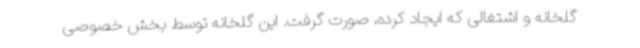
گلخانه و اشتغالی که ایجاد کرده، صورت گرفت. این گلخانه توسط بخش خصوصی